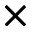
\times